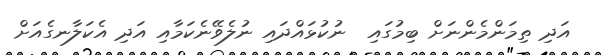
އަދި ތިމަންމެންނަށް ބިމުގައި  ނުކުޅައްދައި ނުލެވޭނެކަމާއި އަދި އެކަލާނގެއަށް